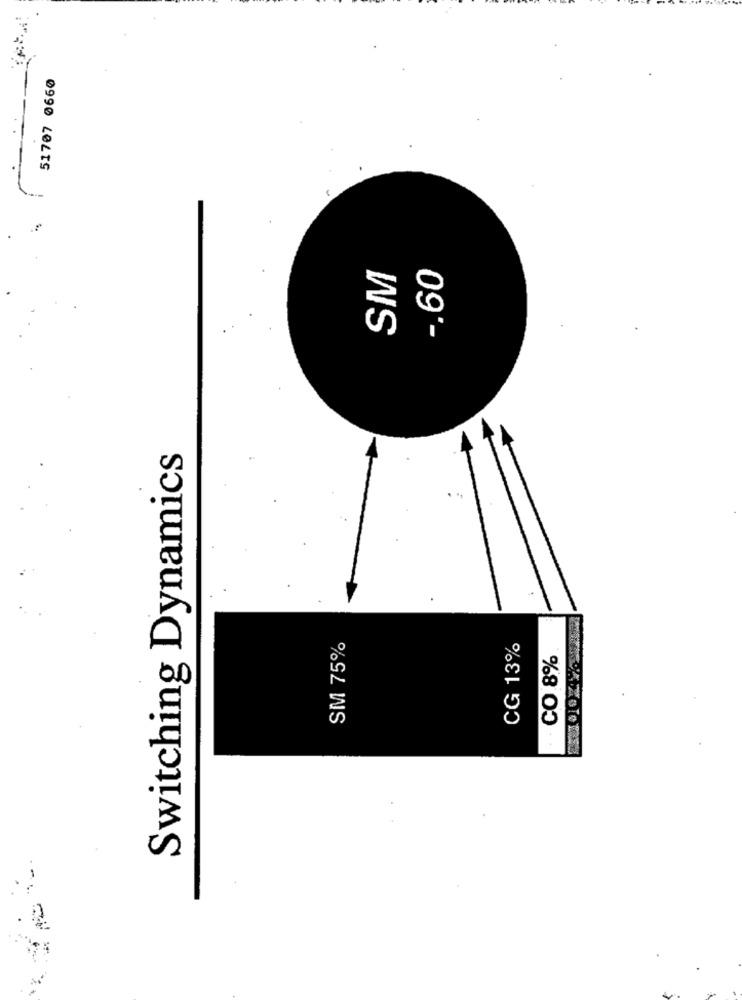
51707 0660
SM
-. 60
Switching Dynamics
SM 75%
CG 13%
CO 8%
-.